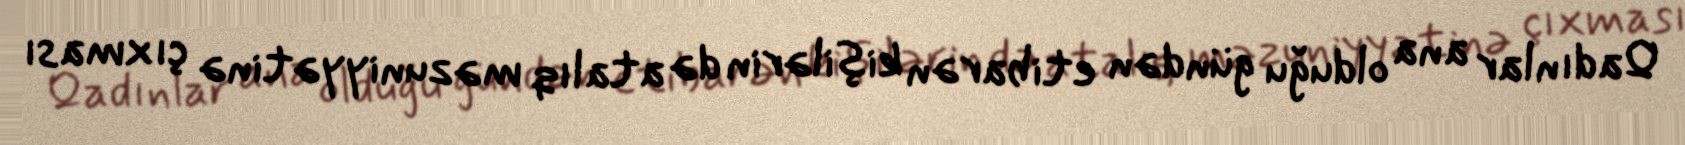
Qadınlar ana olduğu gündən etibarən kişilərin də atalıq məzuniyyətinə çıxması